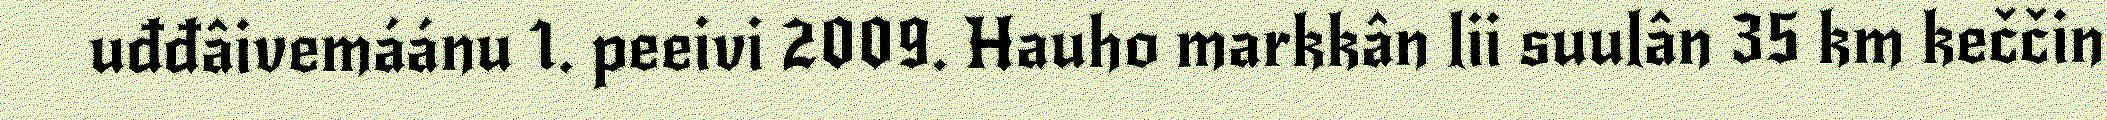
uđđâivemáánu 1. peeivi 2009. Hauho markkân lii suulân 35 km keččin